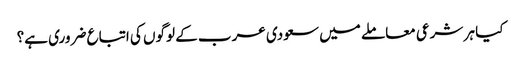
کیا ہر شرعی معاملے میں سعودی عرب کے لوگوں کی اتباع ضروری ہے؟